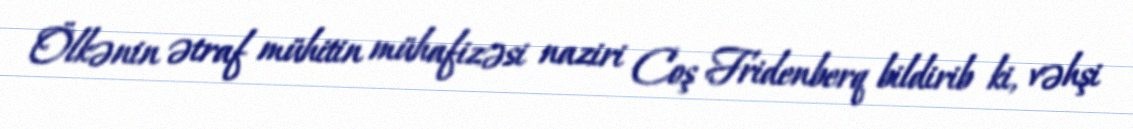
Ölkənin ətraf mühitin mühafizəsi naziri Coş Fridenberq bildirib ki, vəhşi